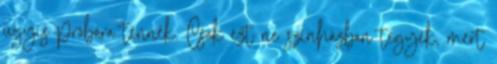
úgyis próbára tennék. Csak ezt ne színházban tegyék, mert